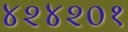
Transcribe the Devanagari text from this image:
४२४२०१